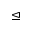
\trianglelefteq